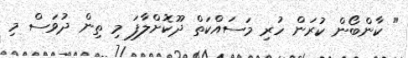
" ކާންބޯން ކުރަން ހުރި މަސައްކަތް ދޫކޮށްލާފަ މި ތިން ދުވަސް މި